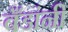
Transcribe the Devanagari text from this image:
बँडांनी